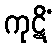
ကုဋိံ